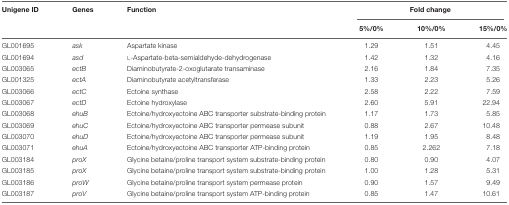
<table><thead><tr><td><b>Unigene ID</b></td><td><b>Genes</b></td><td><b>Function</b></td><td colspan="3"><b>Fold change</b></td></tr><tr><td></td><td></td><td></td><td><b>5%/0%</b></td><td><b>10%/0%</b></td><td><b>15%/0%</b></td></tr></thead><tbody><tr><td>GL001695</td><td><i>ask</i></td><td>Aspartate kinase</td><td>1.29</td><td>1.51</td><td>4.45</td></tr><tr><td>GL001694</td><td><i>asd</i></td><td>L-Aspartate-beta-semialdehyde-dehydrogenase</td><td>1.42</td><td>1.32</td><td>4.16</td></tr><tr><td>GL003065</td><td><i>ectB</i></td><td>Diaminobutyrate-2-oxoglutarate transaminase</td><td>2.16</td><td>1.84</td><td>7.35</td></tr><tr><td>GL001325</td><td><i>ectA</i></td><td>Diaminobutyrate acetyltransferase</td><td>1.33</td><td>2.23</td><td>5.26</td></tr><tr><td>GL003066</td><td><i>ectC</i></td><td>Ectoine synthase</td><td>2.58</td><td>2.22</td><td>7.59</td></tr><tr><td>GL003067</td><td><i>ectD</i></td><td>Ectoine hydroxylase</td><td>2.60</td><td>5.91</td><td>22.94</td></tr><tr><td>GL003068</td><td><i>ehuB</i></td><td>Ectoine/hydroxyectoine ABC transporter substrate-binding protein</td><td>1.17</td><td>1.73</td><td>5.85</td></tr><tr><td>GL003069</td><td><i>ehuC</i></td><td>Ectoine/hydroxyectoine ABC transporter permease subunit</td><td>0.88</td><td>2.67</td><td>10.48</td></tr><tr><td>GL003070</td><td><i>ehuD</i></td><td>Ectoine/hydroxyectoine ABC transporter permease subunit</td><td>1.19</td><td>1.95</td><td>8.48</td></tr><tr><td>GL003071</td><td><i>ehuA</i></td><td>Ectoine/hydroxyectoine ABC transporter ATP-binding protein</td><td>0.85</td><td>2.262</td><td>7.18</td></tr><tr><td>GL003184</td><td><i>proX</i></td><td>Glycine betaine/proline transport system substrate-binding protein</td><td>0.80</td><td>0.90</td><td>4.07</td></tr><tr><td>GL003185</td><td><i>proX</i></td><td>Glycine betaine/proline transport system substrate-binding protein</td><td>1.00</td><td>1.28</td><td>5.31</td></tr><tr><td>GL003186</td><td><i>proW</i></td><td>Glycine betaine/proline transport system permease protein</td><td>0.90</td><td>1.57</td><td>9.49</td></tr><tr><td>GL003187</td><td><i>proV</i></td><td>Glycine betaine/proline transport system ATP-binding protein</td><td>0.85</td><td>1.47</td><td>10.61</td></tr></tbody></table>